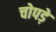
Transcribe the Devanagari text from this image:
चोपड़े